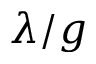
\lambda / g